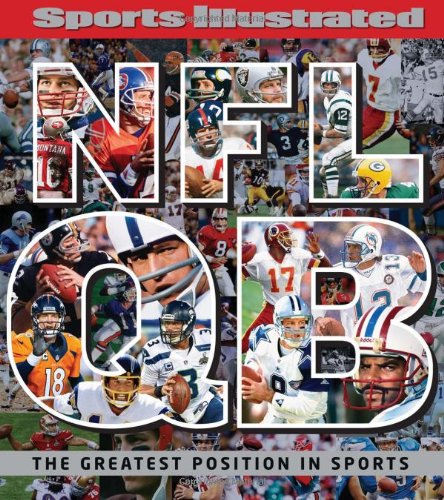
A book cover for Sports Illustrated NFL Quarterback [QB]: The Greatest Position in Sports; Editors of Sports Illustrated; Arts & Photography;